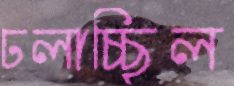
ঢলাচ্ছিল